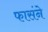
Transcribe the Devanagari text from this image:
फासंने